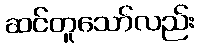
ဆင်တူသော်လည်း